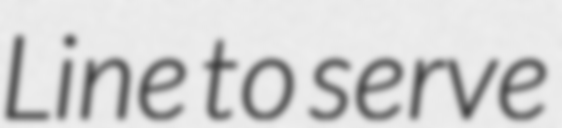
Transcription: Line to serve